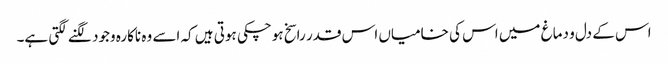
اس کے دل و دماغ میں اس کی خامیاں اس قدر راسخ ہوچکی ہوتی ہیں کہ اسے وہ ناکارہ وجود لگنے لگتی ہے۔